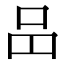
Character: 𠯮